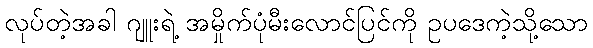
လုပ်တဲ့အခါ ဂျူးရဲ့ အမှိုက်ပုံမီးလောင်ပြင်ကို ဥပဒေကဲ့သို့သော